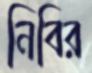
নিবির